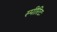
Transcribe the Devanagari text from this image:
स्पीरिटः